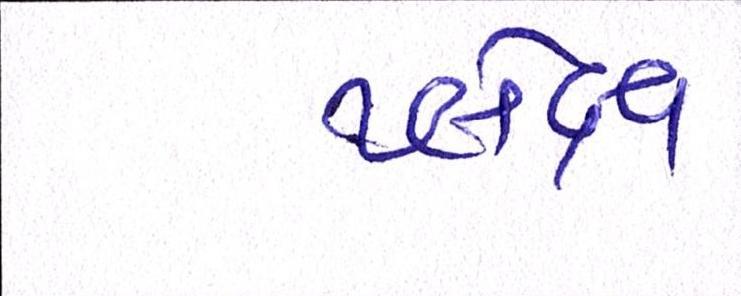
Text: પ્લેક્ષ